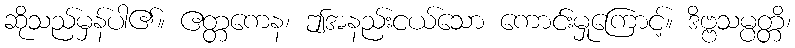
ဆိုသည်မှန်ပါ၏။ ဧတ္တကေန၊ ဤအနည်းငယ်သော ကောင်းမှုကြောင့်။ ဒိဗ္ဗသမ္ပတ္တိ၊